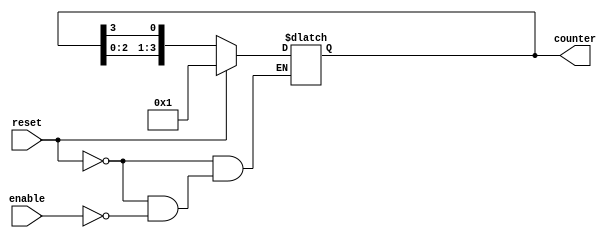
module async_ring_counter #(
    parameter N = 4  // Number of flip-flops
) (
    input wire reset,  // Asynchronous reset signal
    input wire enable, // Enable signal to control counting
    output reg [N-1:0] counter  // Output of the ring counter
);

    // Always block for the asynchronous reset and state transitions
    always @(*) begin
        if (reset) begin
            // Initialize counter to the first state (only the first flip-flop is high)
            counter = 1'b1;
        end else if (enable) begin
            // Shift the '1' to the next flip-flop
            counter = {counter[N-2:0], counter[N-1]};
        end
    end

endmodule